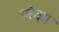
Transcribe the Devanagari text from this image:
जेव्‍हा